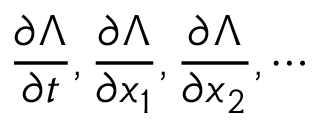
\frac { \partial \boldsymbol { \Lambda } } { \partial t } , \frac { \partial \boldsymbol { \Lambda } } { \partial x _ { 1 } } , \frac { \partial \boldsymbol { \Lambda } } { \partial x _ { 2 } } , \cdots